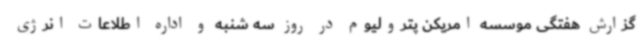
گزارش هفتگی موسسه امریکن پترولیوم در روز سه شنبه و اداره اطلاعات انرژی